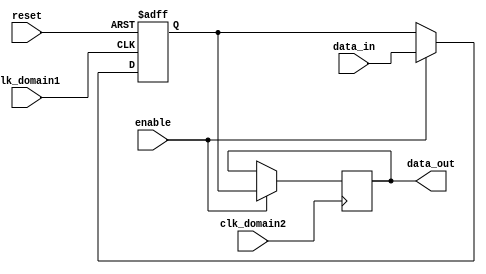
module bypass_register (
  input wire clk_domain1,
  input wire clk_domain2,
  input wire reset,
  input wire enable,
  input wire [7:0] data_in,
  output reg [7:0] data_out
);

reg [7:0] buffer_data;

always @(posedge clk_domain1 or posedge reset) begin
  if (reset) begin
    buffer_data <= 8'h00;
  end else begin
    if (enable) begin
      buffer_data <= data_in;
    end
  end
end

always @(posedge clk_domain2) begin
  if (enable) begin
    data_out <= buffer_data;
  end
end

endmodule